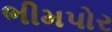
ભીમપોર